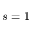
s = 1